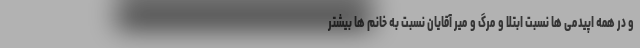
و در همه اپیدمی ها نسبت ابتلا و مرگ و میر آقایان نسبت به خانم ها بیشتر